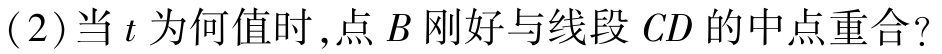
(2)当\(t\)为何值时,点\(B\)刚好与线段\(CD\)的中点重合?